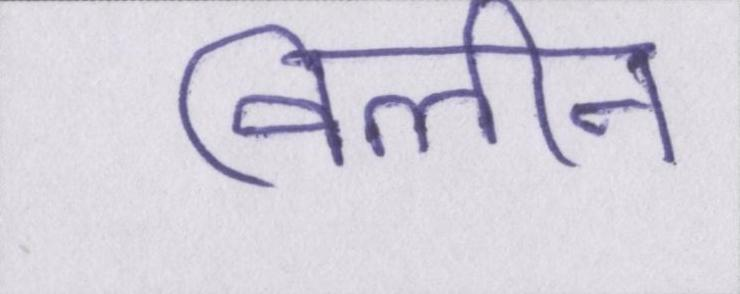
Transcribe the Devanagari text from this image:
विलीन